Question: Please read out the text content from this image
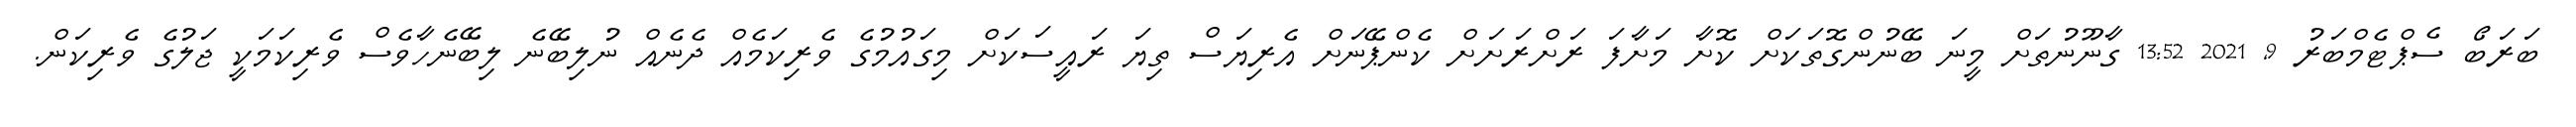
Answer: ބަރަބޯ ސެޕްޓެމްބަރު 9, 2021 13:52 ގާނޫނުތަށް މީނަ ބޭނުންގޮތަކަށް ކޮށާ މަށާފަ ރަށްރަށަށް ކެންޕޭނަށް އެރިޔަސް ތިޔަ ރައީސަކަށް މިގައުމުގެ ވެރިކަމެއް ދެނެއް ނުލިބޭނެ ލިބޭނެހާވެސް ވެރިކަމަކީ ޖަލުގެ ވެރިކަން.